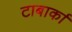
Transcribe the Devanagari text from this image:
टाबार्का